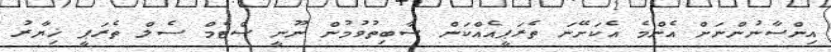
އިންސާނުންނަށް އެންމެ އެކަށޭނަ ތެރަޕީއެއްކަން ސާބިތުވުމުން ނޫނީ ސްޓެމް ސެލް ތެރަޕީ ޚިޔާރު